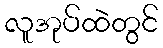
လူအုပ်ထဲတွင်